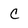
Character: C